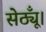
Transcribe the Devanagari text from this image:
सेठ्यूँ।